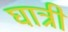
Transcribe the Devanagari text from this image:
घात्री